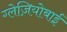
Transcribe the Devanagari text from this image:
ग्लेज़ियोबाई